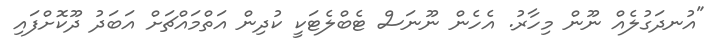
"އުނދަގުލެއް ނޫން މިހާރު. އެހެން ނޫނަސް ޓެބްލެޓަކީ ކުދިން އަތްމައްޗަށް އަބަދު ދޫކޮށްފައި